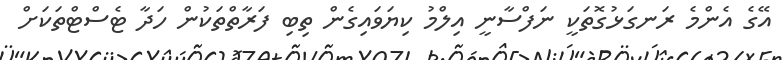
އޭގެ އެންމެ ރަނގަޅުގޮތަކީ ނަފްސާނީ އިލްމު ކިޔަވައިގެން ތިބި ފަރާތްތަކުން ހަދާ ޓެސްޓްތަކަށް